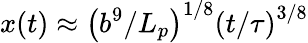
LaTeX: x(t)\approx\left({b^{9}}/{L_{p}}\right)^{1/8}\left(t/{\tau}\right)^{3/8}